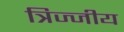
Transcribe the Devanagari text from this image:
त्रिज्जीय